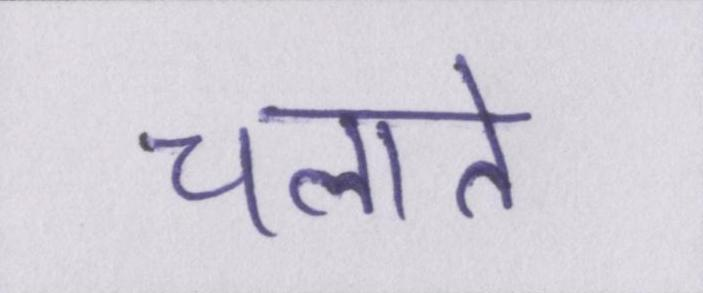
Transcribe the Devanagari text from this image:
चलाते